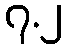
၇.၂